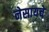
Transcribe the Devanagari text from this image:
नेसायचे